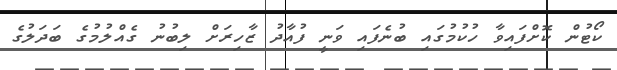
ކޯޓުން ކޮށްފައިވާ ހުކުމުގައި ބުނެފައި ވަނީ ފުއާދު ޒާހިރަށް ލިބުނު ގެއްލުމުގެ ބަދަލުގެ